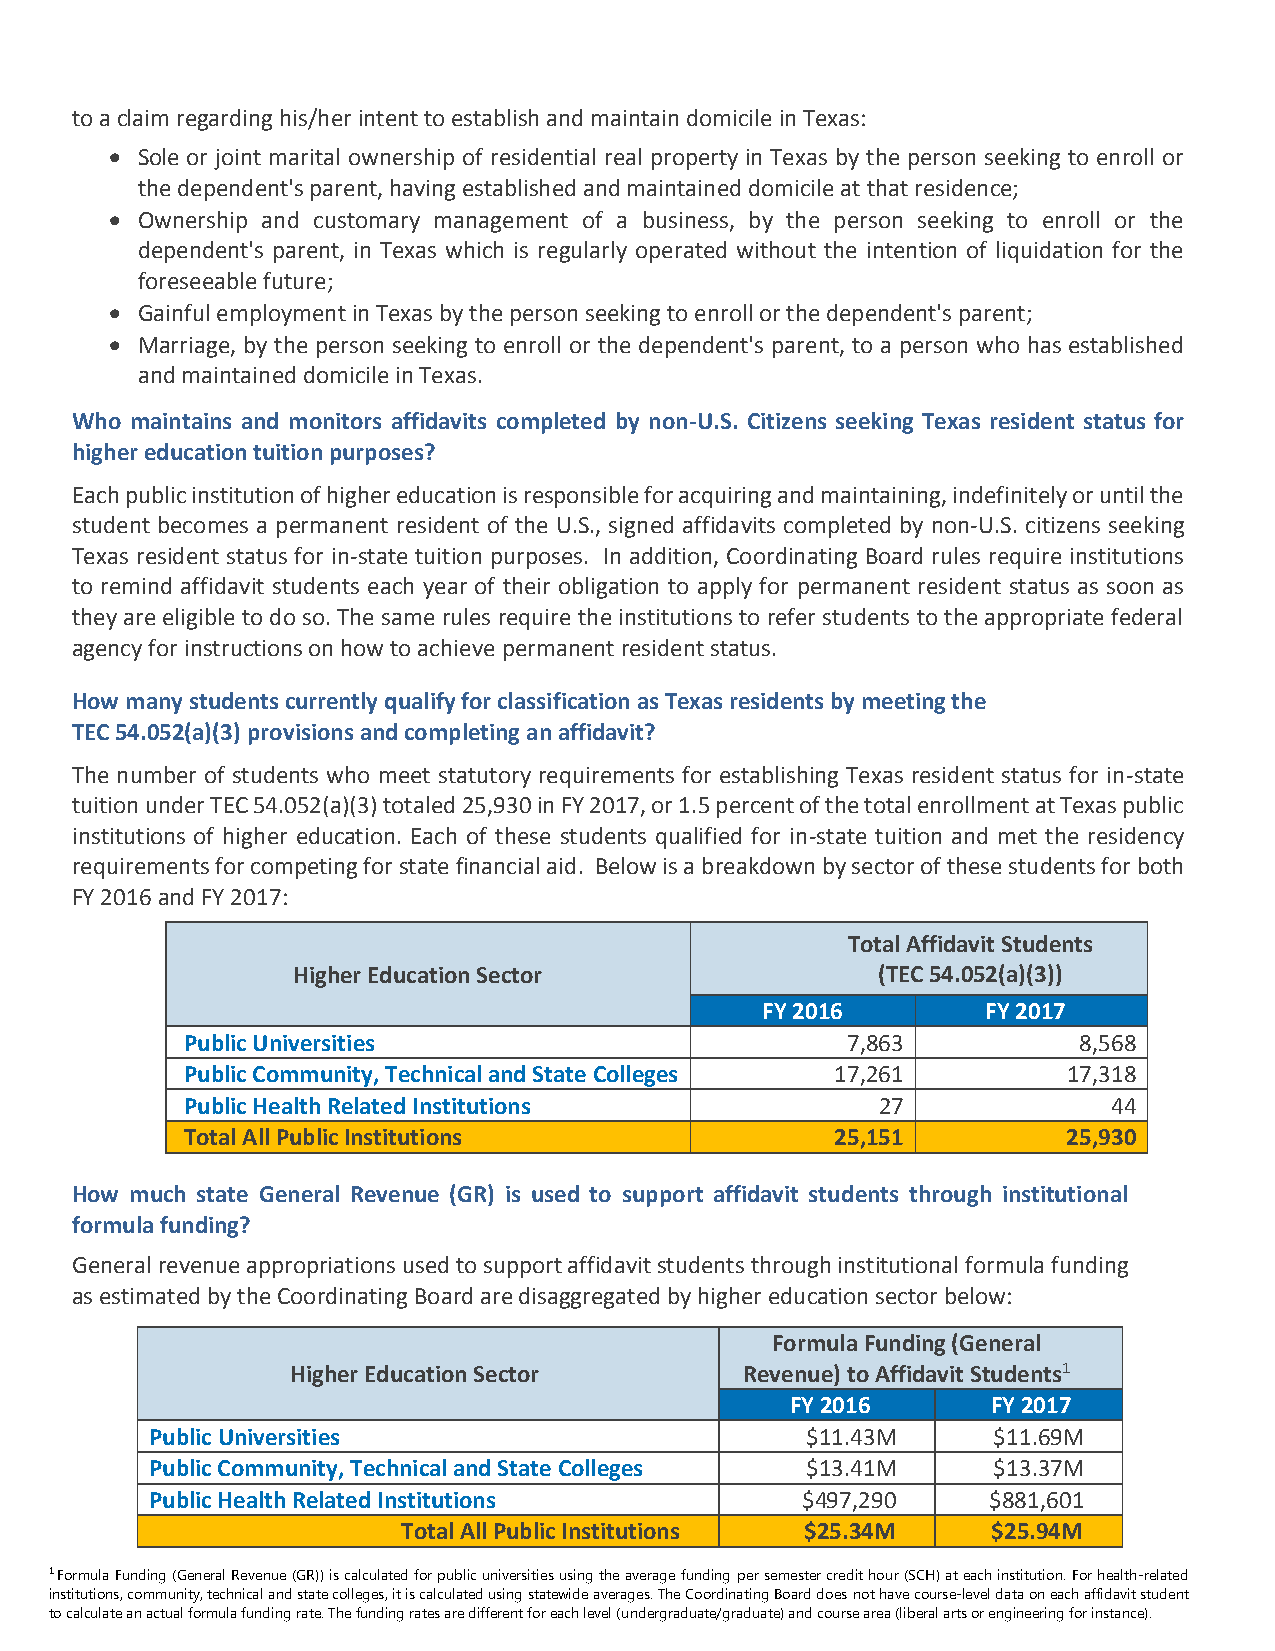
to a claim regarding his/her intent to establish and maintain domicile in Texas:
  Sole or joint marital ownership of residential real property in Texas by the person seeking to enroll or
 the dependent's parent, having established and maintained domicile at that residence;
  Ownership and customary management of a business, by the person seeking to enroll or the
 dependent's parent, in Texas which is regularly operated without the intention of liquidation for the
 foreseeable future;
  Gainful employment in Texas by the person seeking to enroll or the dependent's parent;
  Marriage, by the person seeking to enroll or the dependent's parent, to a person who has established
 and maintained domicile in Texas.
 Who maintains and monitors affidavits completed by non-U.S. Citizens seeking Texas resident status for
 higher education tuition purposes?
 Each public institution of higher education is responsible for acquiring and maintaining, indefinitely or until the
 student becomes a permanent resident of the U.S., signed affidavits completed by non-U.S. citizens seeking
 Texas resident status for in-state tuition purposes. In addition, Coordinating Board rules require institutions
 to remind affidavit students each year of their obligation to apply for permanent resident status as soon as
 they are eligible to do so. The same rules require the institutions to refer students to the appropriate federal
 agency for instructions on how to achieve permanent resident status.
 How many students currently qualify for classification as Texas residents by meeting the
 TEC 54.052(a)(3) provisions and completing an affidavit?
 The number of students who meet statutory requirements for establishing Texas resident status for in-state
 tuition under TEC 54.052(a)(3) totaled 25,930 in FY 2017, or 1.5 percent of the total enrollment at Texas public
 institutions of higher education. Each of these students qualified for in-state tuition and met the residency
 requirements for competing for state financial aid. Below is a breakdown by sector of these students for both
 FY 2016 and FY 2017:
 Total Affidavit Students
 Higher Education Sector                (TEC 54.052(a)(3))
 FY 2016        FY 2017
 Public Universities                         7,863          8,568
 Public Community, Technical and State Colleges 17,261      17,318
 Public Health Related Institutions            27              44
 Total All Public Institutions              25,151          25,930
 How much state General Revenue (GR) is used to support affidavit students through institutional
 formula funding?
 General revenue appropriations used to support affidavit students through institutional formula funding
 as estimated by the Coordinating Board are disaggregated by higher education sector below:
 Formula Funding (General
 Higher Education Sector       Revenue) to Affidavit Students1
 FY 2016       FY 2017
 Public Universities                        $11.43M      $11.69M
 Public Community, Technical and State Colleges $13.41M  $13.37M
 Public Health Related Institutions         $497,290     $881,601
 Total All Public Institutions $25.34M  $25.94M
 1 Formula Funding (General Revenue (GR)) is calculated for public universities using the average funding per semester credit hour (SCH) at each institution. For health-related
 institutions, community, technical and state colleges, it is calculated using statewide averages. The Coordinating Board does not have course-level data on each affidavit student
 to calculate an actual formula funding rate. The funding rates are different for each level (undergraduate/graduate) and course area (liberal arts or engineering for instance).